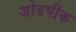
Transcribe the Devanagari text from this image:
जोडपीक